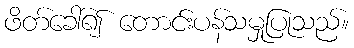
ဖိတ်ခေါ်၍ တောင်းပန်သမှုပြုသည်။